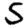
Digit: 5